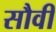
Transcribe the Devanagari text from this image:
सौवी